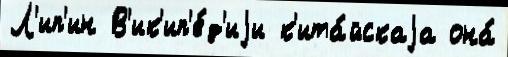
Л'ип'ин В'ик'ип'е́д'иjи к'ита́йскаjа она́